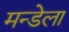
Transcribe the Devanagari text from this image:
मन्डेला